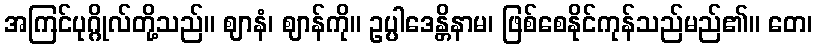
အကြင်ပုဂ္ဂိုလ်တို့သည်။ ဈာနံ၊ ဈာန်ကို။ ဥပ္ပါဒေန္တိနာမ၊ ဖြစ်စေနိုင်ကုန်သည်မည်၏။ တေ၊